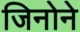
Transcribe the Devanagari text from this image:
जिनोने